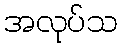
အလုပ်သ